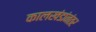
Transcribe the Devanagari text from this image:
कालखंडांनंतर